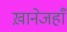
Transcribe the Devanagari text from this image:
ख़ानेजहाँ